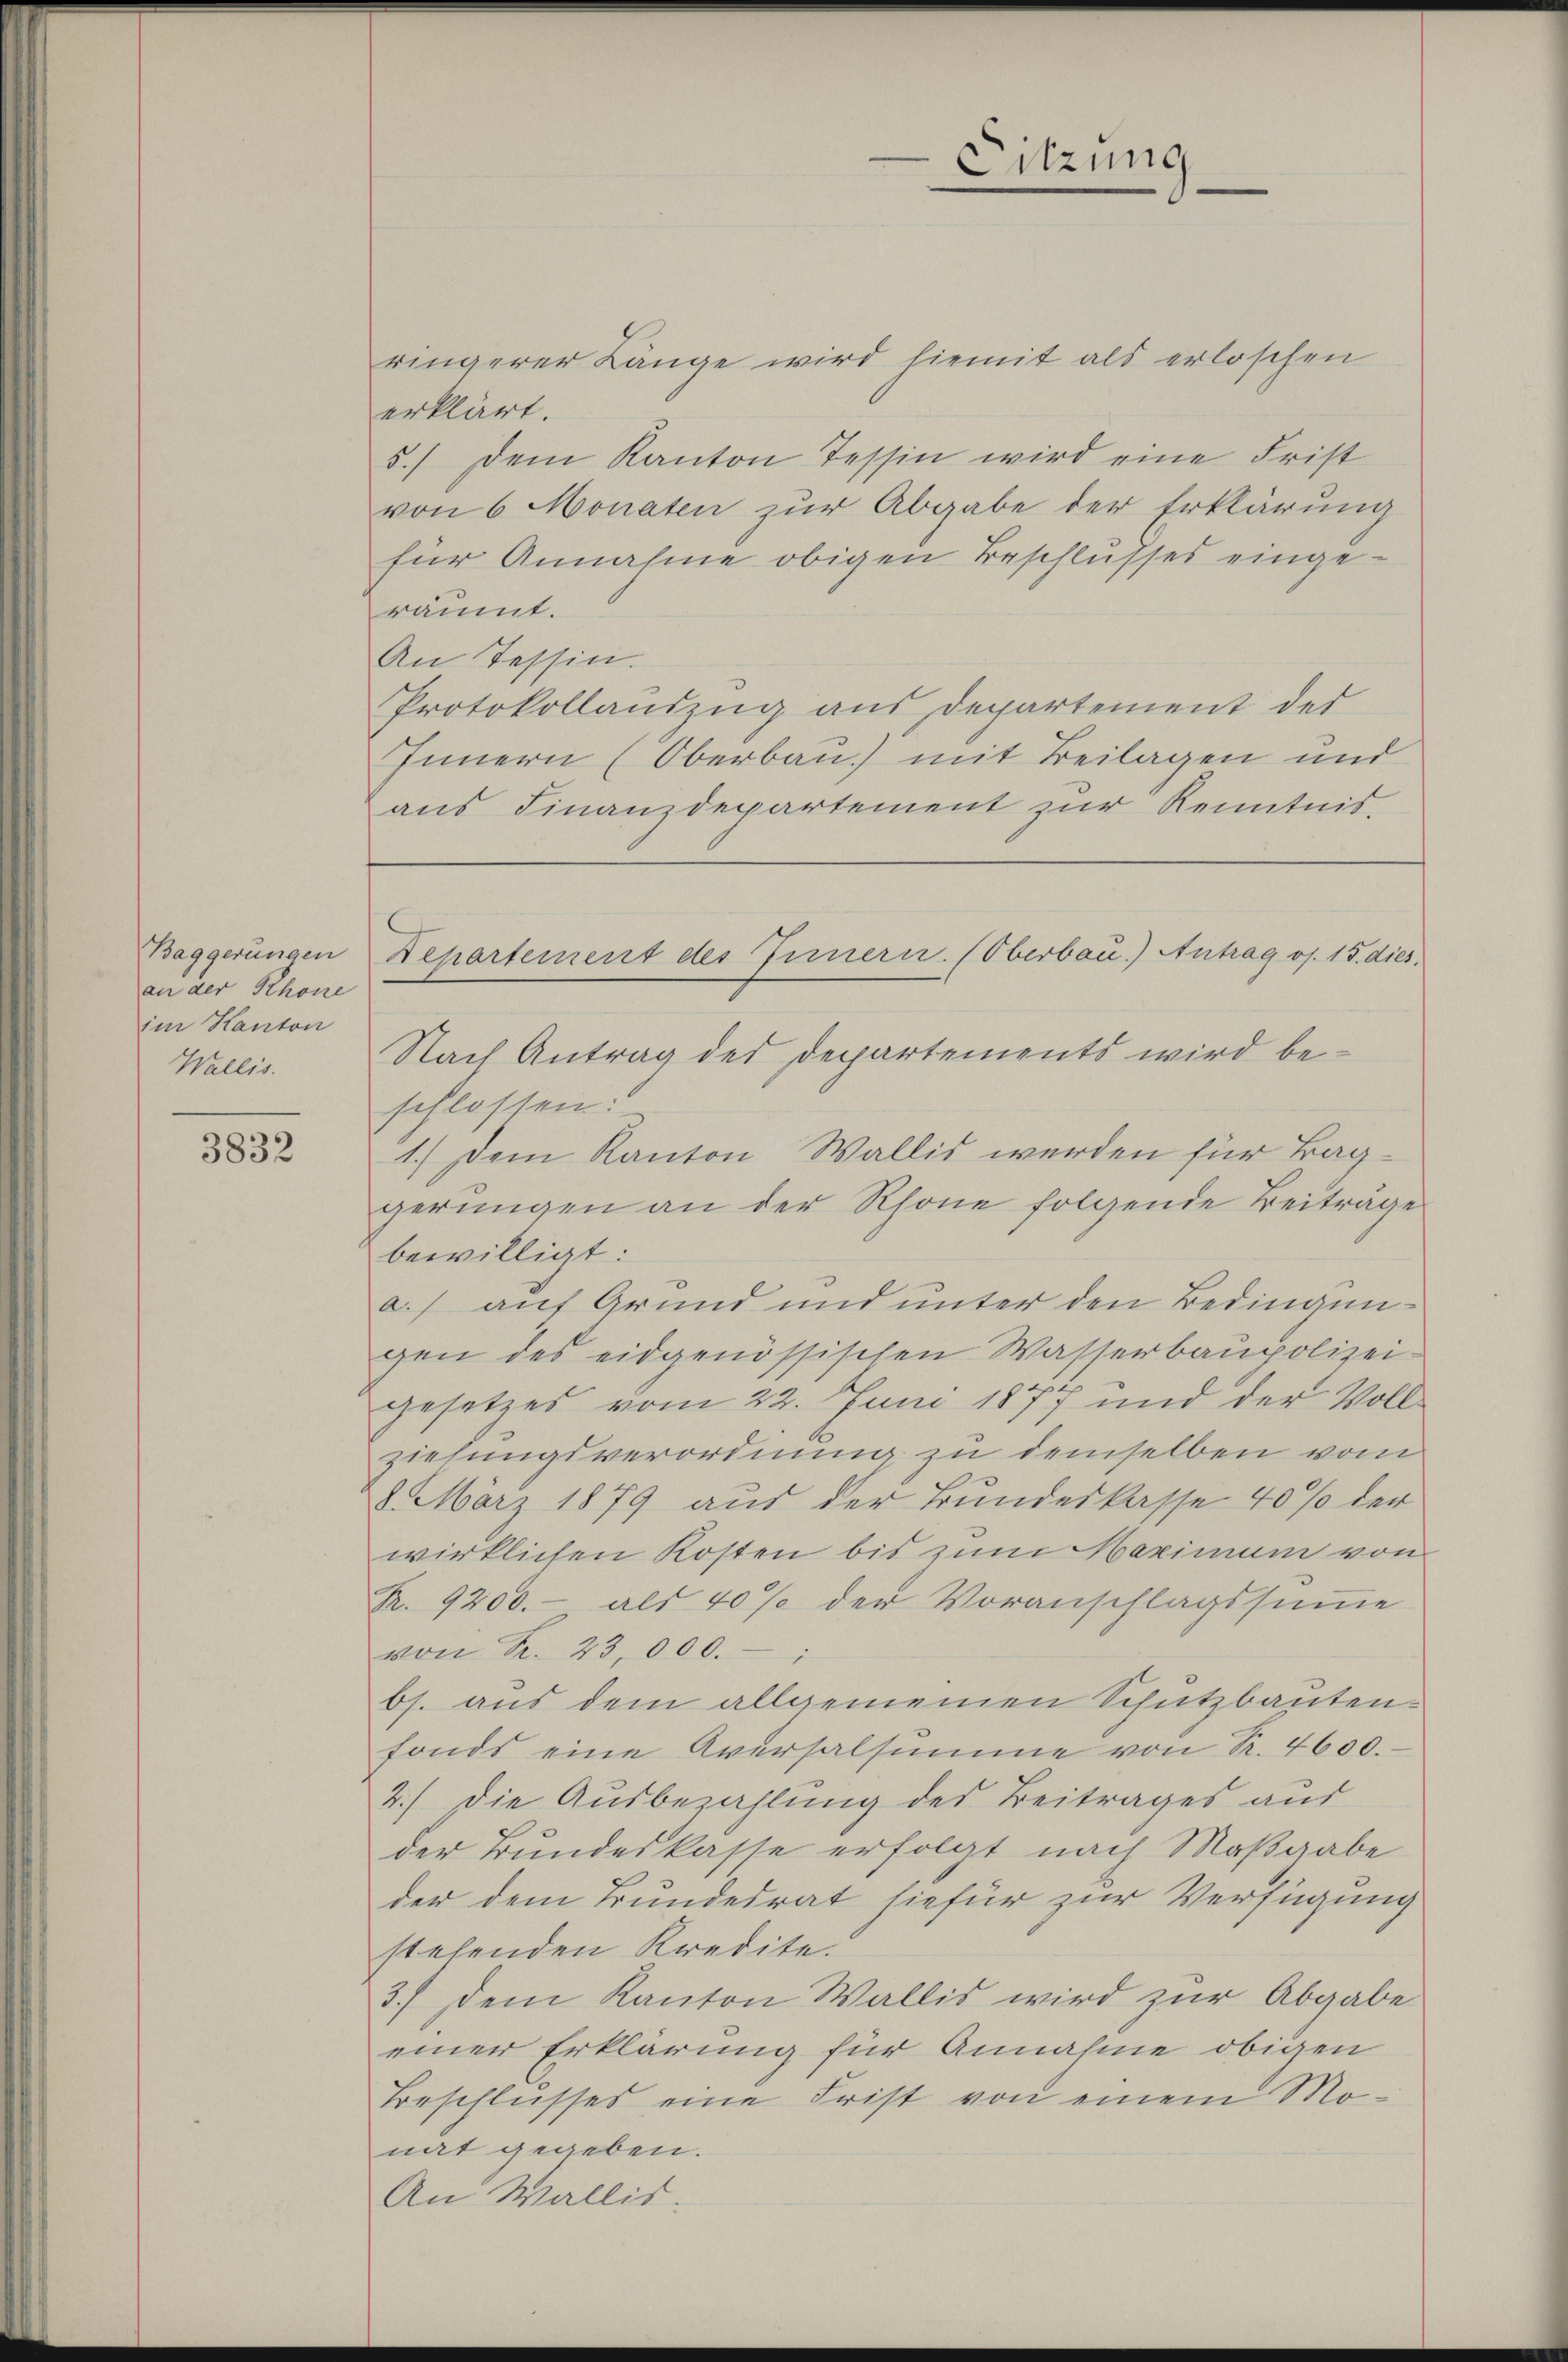
Baggerungen
an der Rhone
im Kanton
Wallis.

3832

ringerer Länge wird hiemit als erloschen
erklärt.
5.) Dem Kanton Tessin wird eine Frist
von 6 Monaten zur Abgabe der Erklärung
für Annahme obigen Beschlusses eingeräumt.
An Tessin.
Protokollauszug aus Departement des
Innern (Oberbau) mit Beilagen und
ans Finanzdepartement zŭr Kenntnis.
Nach Antrag des Departements wird beschlossen:
1.) Dem Kanton Wallis werden für Baggerungen an der Rhone folgende Beitrage
bewilligt:
a.) auf Grund und unter den Bedingungen des eidgenössischen Wasserbaupolizei-
gesetzes vom 22. Juni 1877 und der Voll
ziehungsverordnung zu demselben vom
8. März 1879 aus der Bundeskasse 40% der
wirklichen Kosten bis zum Maximum von
R. 9200.- als 40% der Voranschlagssumme
von Fr. 23,000.
bs. aus dem allgemeinen Schutzbauten-
fonds eine Aversalsumme von R. 4600.
2.) Die Ausbezahlung des Beitrages aus
der Bundeskasse erfolgt nach Maßgabe
der dem Bundesrat hiefür zur Verfügung
stehenden Kredite.
3.) Dem Kanton Wallis wird zur Abgabe
einer Erklärung für Annahme obigen
Beschlusses eine Frist von einem Mo-
nat gegeben.
An Wallis.

Sitzung

Departement des Innern. (Oberbau.) Antrag os. 15. dies